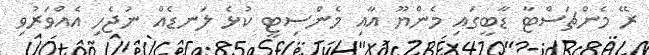
ރޭ މެންޗަސްޓާ ޑާބީގައި މެންޔޫ އާއި މެންސިޓީ ކުޅެ ލަނޑެއް ނުޖެހި އެއްވަރުވި